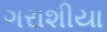
ગરાશીયા